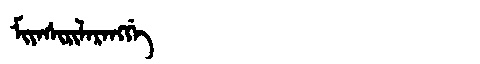
Manchu: ᠮᡳᠶᠠᠰᡳᡵᡳᠯᠠᡵᠠᠩᡤᡝ
Romanization: MIYASIRILARANGGE